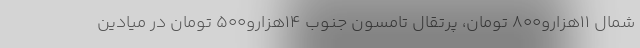
شمال ۱۱هزارو۸۰۰ تومان، پرتقال تامسون جنوب ۱۴هزارو۵۰۰ تومان در میادین